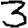
Digit: 3